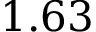
1 . 6 3